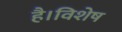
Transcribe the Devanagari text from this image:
है।विशेष